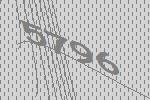
5796